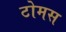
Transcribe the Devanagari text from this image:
टोमस